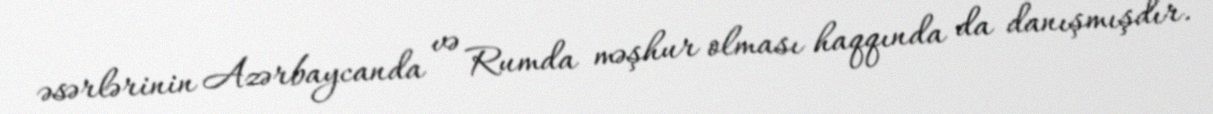
əsərlərinin Azərbaycanda və Rumda məşhur olması haqqında da danışmışdır.